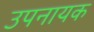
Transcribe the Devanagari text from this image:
उपनायक